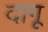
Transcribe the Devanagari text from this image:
दागू